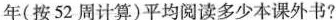
一年(按52周计算)平均阅读多少本课外书?